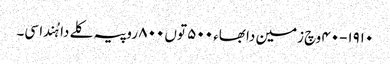
١٩١٠-٤٠ وچ زمین دا بھاء ٥٠٠ توں ٨٠٠ روپیہ کلے دا ہُندا سی۔